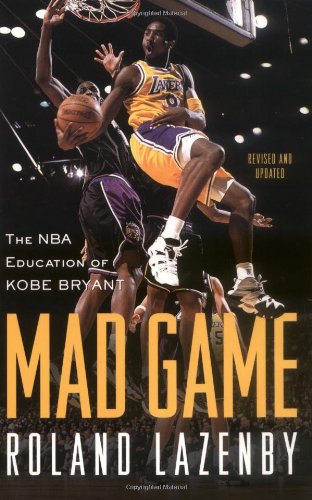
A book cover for Mad Game : The NBA Education of Kobe Bryant; Roland Lazenby; Sports & Outdoors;